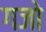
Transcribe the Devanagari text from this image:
गजो